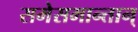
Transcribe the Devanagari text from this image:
समेसमान्तान्